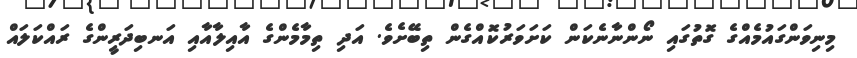
މިނިވަންގައުމެއްގެ ގޮތުގައި ނޯންނާނެކަން ކަށަވަރުކޮއްގެން ތިބޭށެވެ. އަދި ތިމާމެންގެ އާއިލާއާއި އަނބިދަރީންގެ ރައްކަލައް